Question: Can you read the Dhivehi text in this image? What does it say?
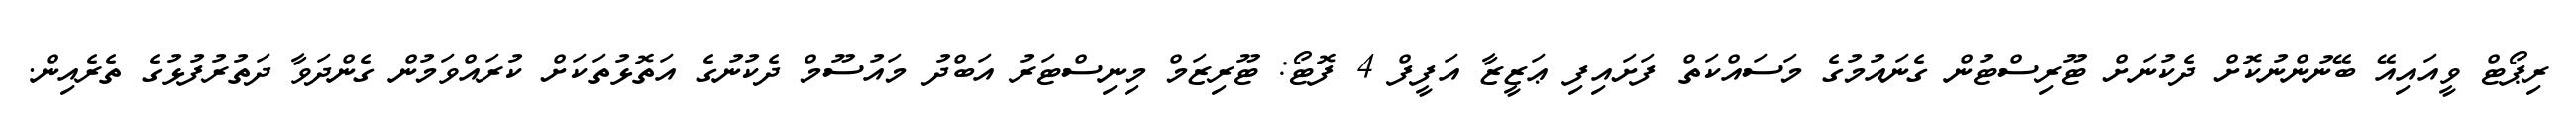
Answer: ރިޕޯޓް ވީއައިއޭ ބޭނުންނުކޮށް ދެކުނަށް ޓޫރިސްޓުން ގެނައުމުގެ މަސައްކަތް ފަށައިފި ޢަޒީޒާ އަފީފް 4 ފޮޓޯ: ޓޫރިޒަމް މިނިސްޓަރު އަބްދު މައުސޫމް ދެކުނުގެ އަތޮޅުތަކަށް ކުރައްވަމުން ގެންދަވާ ދަތުރުފުޅުގެ ތެރެއިން.